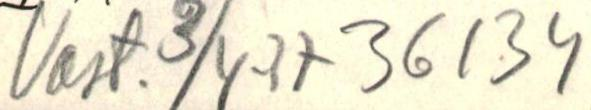
Vast. 3/4-37 36134